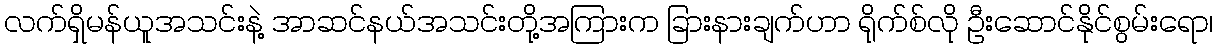
လက်ရှိမန်ယူအသင်းနဲ့ အာဆင်နယ်အသင်းတို့အကြားက ခြားနားချက်ဟာ ရိုက်စ်လို ဦးဆောင်နိုင်စွမ်းရော၊